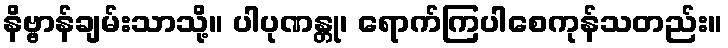
နိဗ္ဗာန်ချမ်းသာသို့။ ပါပုဏန္တု၊ ရောက်ကြပါစေကုန်သတည်း။